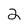
Character: 2